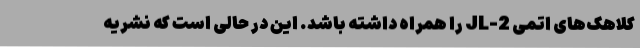
کلاهک‌های اتمی JL-2 را همراه داشته باشد. این در حالی است که نشریه